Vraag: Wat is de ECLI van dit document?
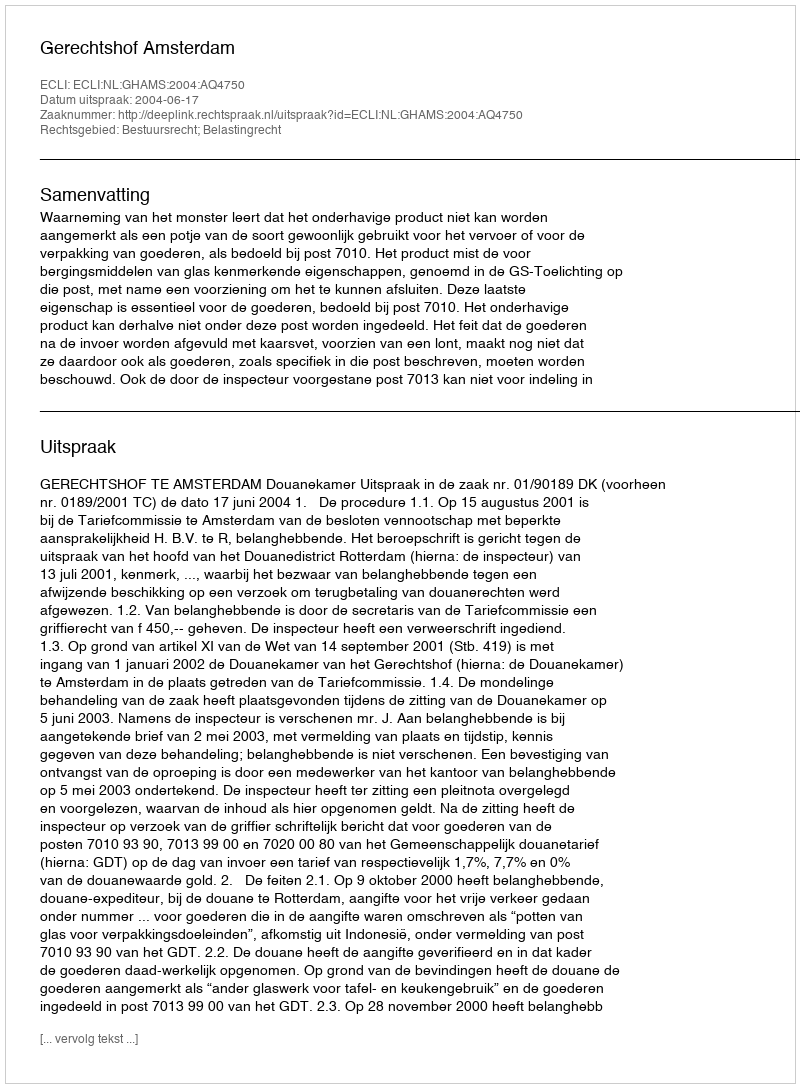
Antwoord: ECLI:NL:GHAMS:2004:AQ4750